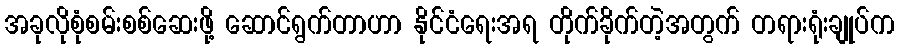
အခုလိုစုံစမ်းစစ်ဆေးဖို့ ဆောင်ရွက်တာဟာ နိုင်ငံရေးအရ တိုက်ခိုက်တဲ့အတွက် တရားရုံးချုပ်က